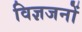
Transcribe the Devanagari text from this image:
विज्ञजनों